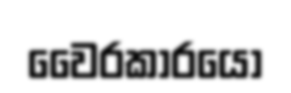
වෛරකාරයො